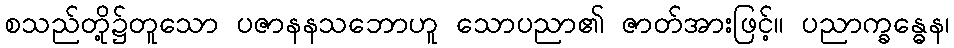
စသည်တို့၌တူသော ပဇာနနသဘောဟူ သောပညာ၏ ဇာတ်အားဖြင့်။ ပညာက္ခန္ဓေန၊